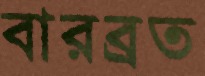
বারব্রত